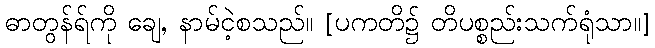
ဓာတွန်ရ်ကို ချေ, နာမ်ငဲ့စသည်။ [ပကတိ၌ တိပစ္စည်းသက်ရုံသာ။]